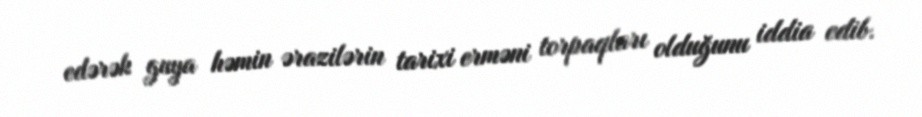
edərək guya həmin ərazilərin tarixi erməni torpaqları olduğunu iddia edib.